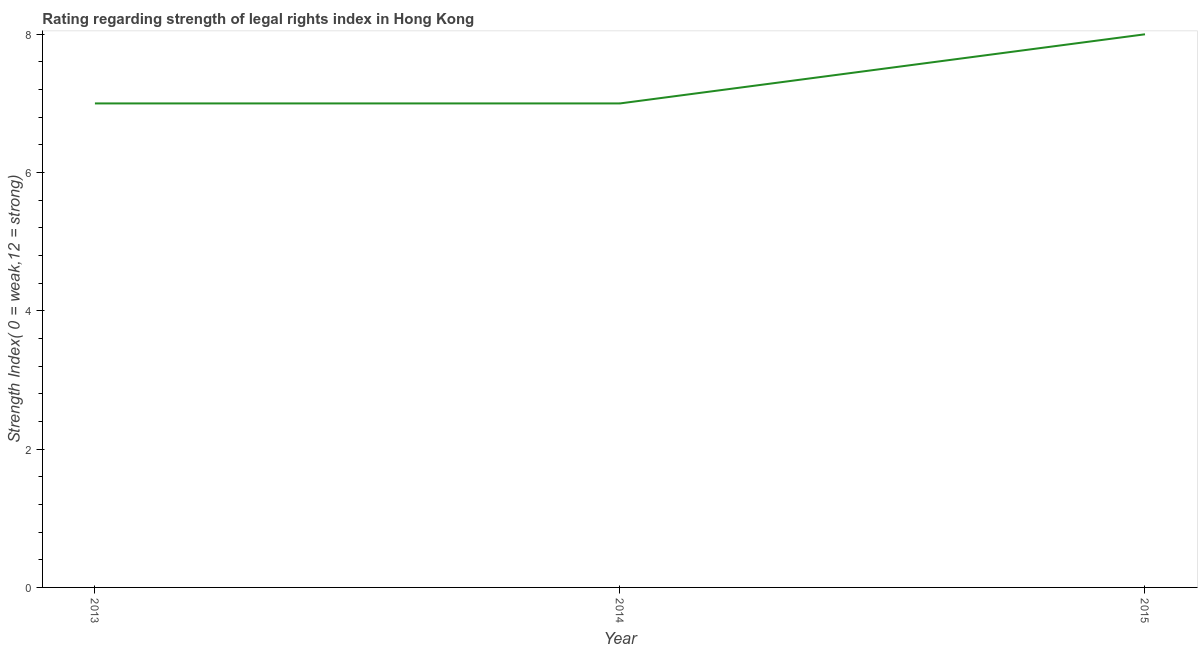
| Year | Strength of legal rights index |
 | --- | --- |
 | 2013 | 7 |
 | 2014 | 7 |
 | 2015 | 8 |